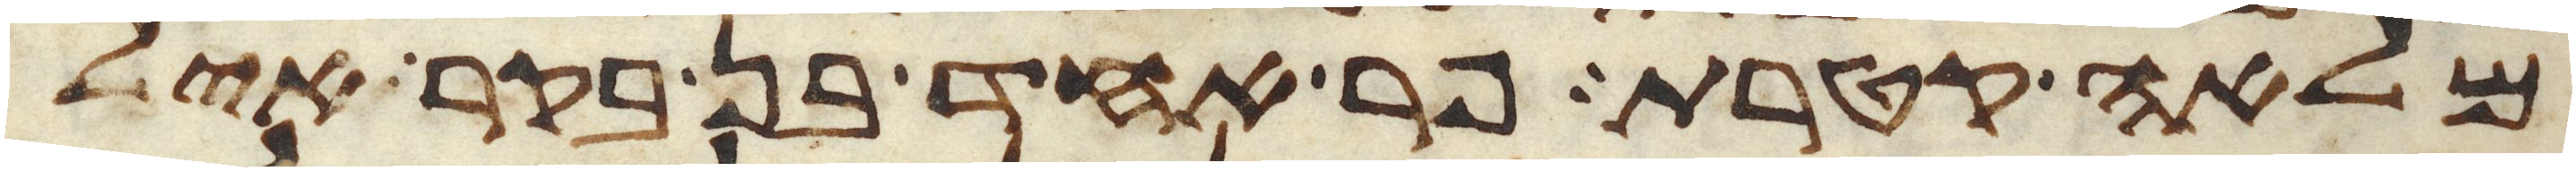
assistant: מלאה קטרת פר אחד בן בקר איל